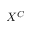
X ^ { C }